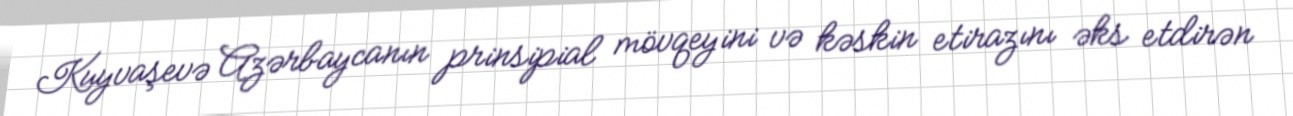
Kuyvaşevə Azərbaycanın prinsipial mövqeyini və kəskin etirazını əks etdirən